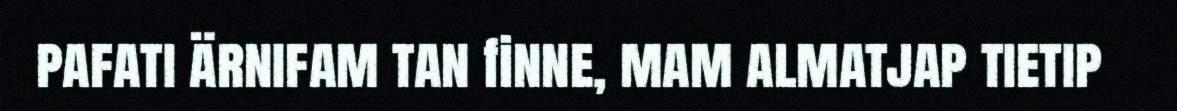
pafati ärnifam tan finne, mam almatjap tietip